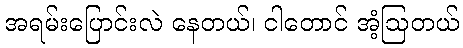
အရမ်းပြောင်းလဲ နေတယ်၊ ငါတောင် အံ့ဩတယ်